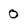
Character: 0